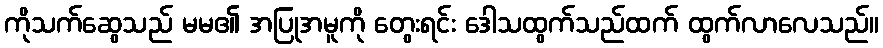
ကိုသက်ဆွေသည် မမ၏ အပြုအမူကို တွေးရင်း ဒေါသထွက်သည်ထက် ထွက်လာလေသည်။